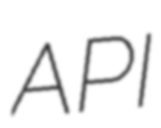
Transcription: API